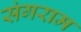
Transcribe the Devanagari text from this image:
संगराम